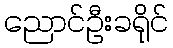
ညောင်ဦးခရိုင်